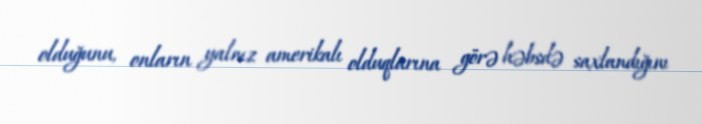
olduğunu, onların yalnız amerikalı olduqlarına görə həbsdə saxlandığını